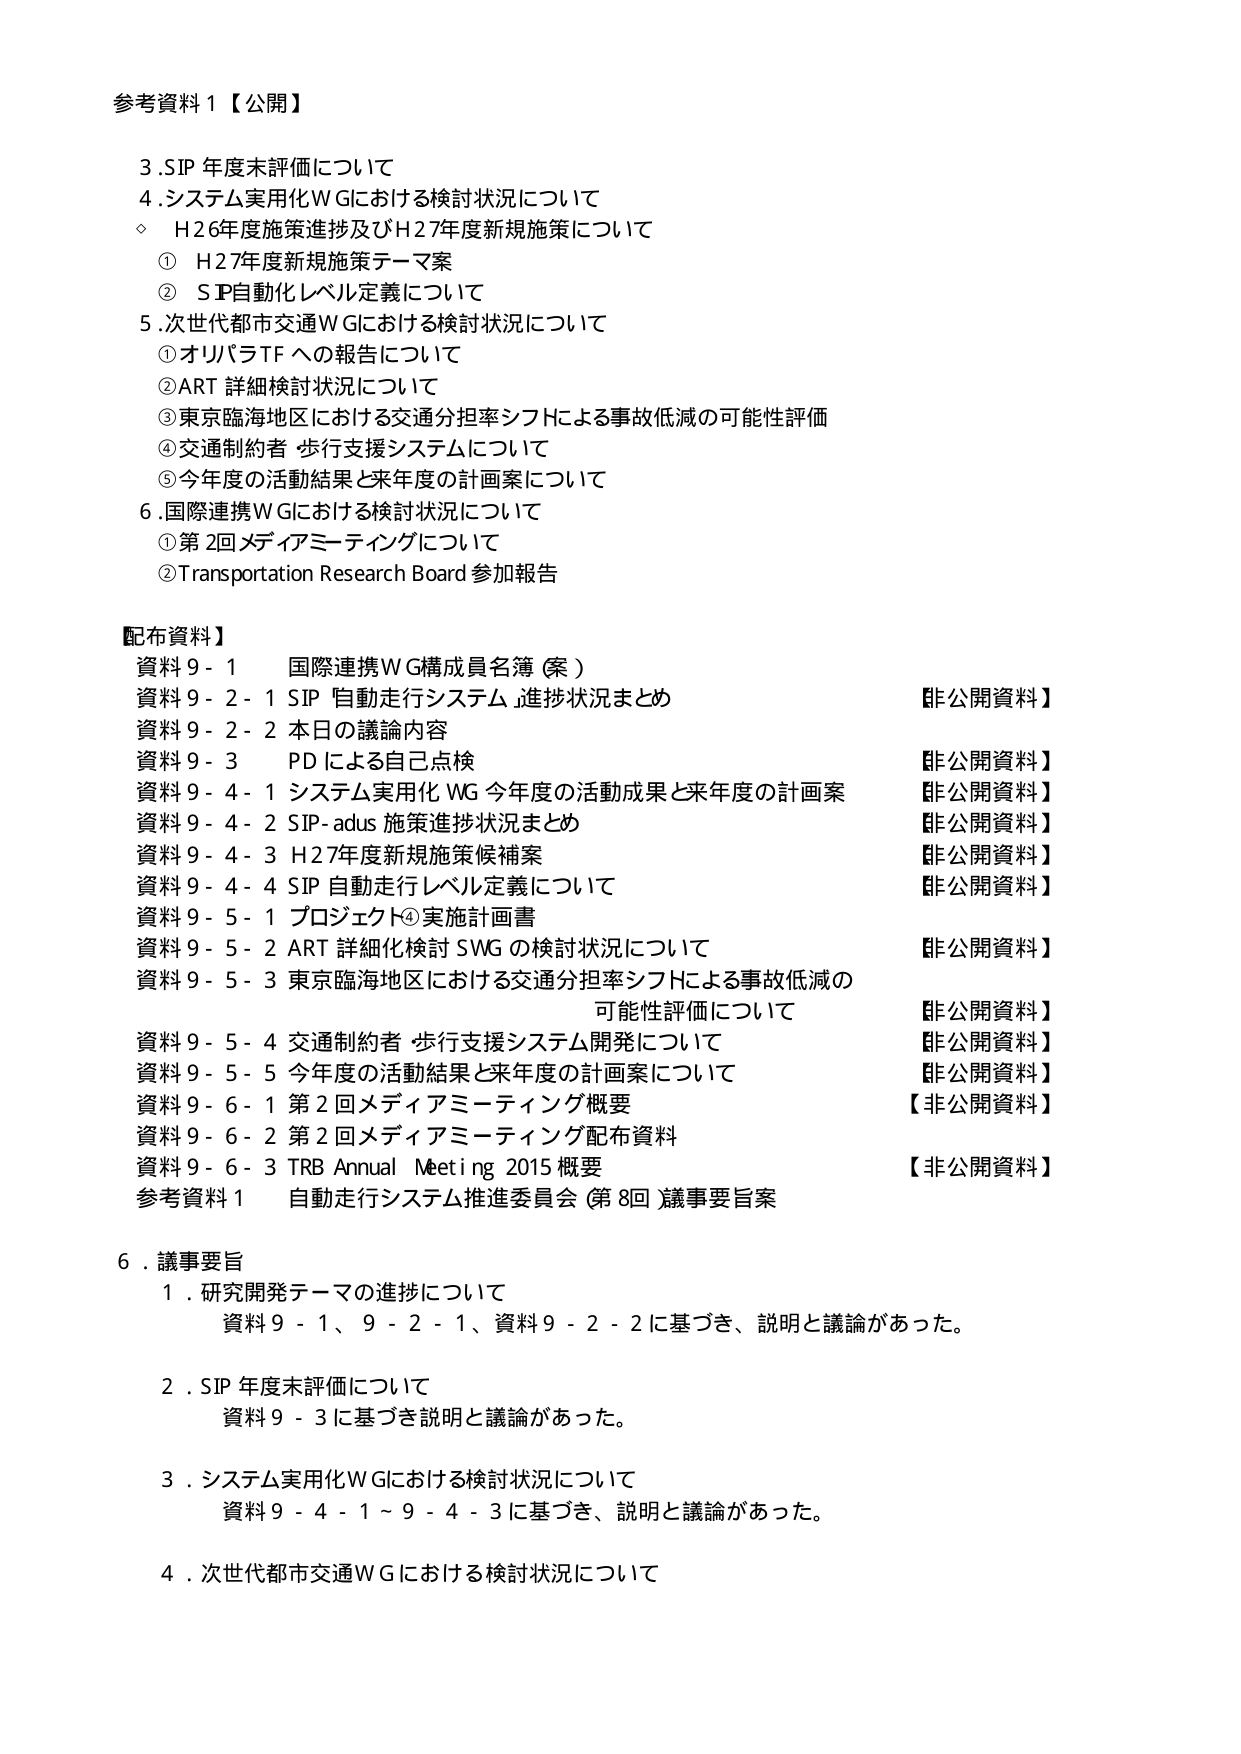
参考資料１【公開】

３．SIP 年度末評価について
４．システム実用化ＷＧにおける検討状況について
　◇　Ｈ26年度施策進捗及びＨ27年度新規施策について
　　①　Ｈ27年度新規施策テーマ案
　　②　ＳＩＰ自動化レベル定義について
５．次世代都市交通ＷＧにおける検討状況について
　　① オリパラTF への報告について
　　② ART 詳細検討状況について
　　③ 東京臨海地区における交通分担率シフトによる事故低減の可能性評価
　　④ 交通制約者 歩行支援システムについて
　　⑤ 今年度の活動結果と来年度の計画案について
６．国際連携ＷＧにおける検討状況について
　　① 第２回メディアミーティングについて
　　② Transportation Research Board 参加報告

【配布資料】
資料９－１　国際連携ＷＧ構成員名簿（案）
資料９－２－１ SIP 自動走行システム 進捗状況まとめ　【非公開資料】
資料９－２－２ 本日の議論内容　【非公開資料】
資料９－３　PDによる自己点検　【非公開資料】
資料９－４－１ システム実用化ＷＧ 今年度の活動成果と来年度の計画案　【非公開資料】
資料９－４－２ SIP-adus 施策進捗状況まとめ　【非公開資料】
資料９－４－３ Ｈ27年度新規施策候補案　【非公開資料】
資料９－４－４ SIP 自動走行レベル定義について　【非公開資料】
資料９－５－１ プロジェクト④実施計画書
資料９－５－２ ART 詳細化検討SWG の検討状況について　【非公開資料】
資料９－５－３ 東京臨海地区における交通分担率シフトによる事故低減の
　　　　　　　可能性評価について　【非公開資料】
資料９－５－４ 交通制約者 歩行支援システム開発について　【非公開資料】
資料９－５－５ 今年度の活動結果と来年度の計画案について　【非公開資料】
資料９－６－１ 第２回メディアミーティング概要　【非公開資料】
資料９－６－２ 第２回メディアミーティング配布資料　【非公開資料】
資料９－６－３ TRB Annual Meeting 2015 概要　【非公開資料】
参考資料１　自動走行システム推進委員会（第８回）議事要旨案

６．議事要旨
　１．研究開発テーマの進捗について
　　　資料９－１、９－２－１、資料９－２－２に基づき、説明と議論があった。
　２．SIP 年度末評価について
　　　資料９－３に基づき説明と議論があった。
　３．システム実用化ＷＧにおける検討状況について
　　　資料９－４－１～９－４－３に基づき、説明と議論があった。
　４．次世代都市交通ＷＧにおける検討状況について